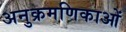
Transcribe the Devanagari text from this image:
अनुक्रमणिकाओं